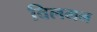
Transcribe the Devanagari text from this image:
विलमन